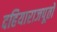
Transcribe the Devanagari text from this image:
दहियाराजपूतों